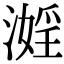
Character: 𣽮